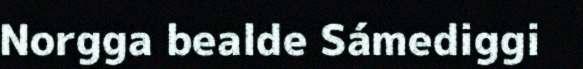
Norgga bealde Sámediggi